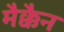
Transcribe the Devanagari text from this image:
मैक्कैन